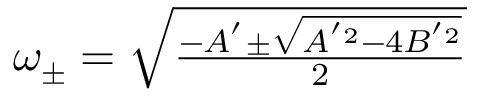
\begin{array} { r } { \omega _ { \pm } = \sqrt { \frac { - A ^ { ' } \pm \sqrt { A ^ { ' 2 } - 4 B ^ { ' 2 } } } { 2 } } } \end{array}